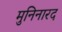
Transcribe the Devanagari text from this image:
मुनिनारद